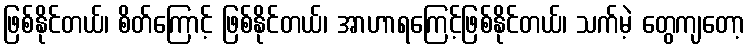
ဖြစ်နိုင်တယ်၊ စိတ်ကြောင့် ဖြစ်နိုင်တယ်၊ အာဟာရကြေင့်ဖြစ်နိုင်တယ်၊ သက်မဲ့ တွေကျတော့